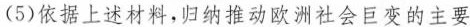
(5)依据上述材料，归纳推动欧洲社会巨变的主要